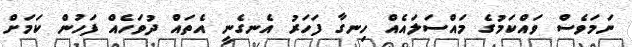
ނަމަވެސް ވައްކަމުގެ މައްސަލައެއް ހިނގާ ފަހަރު އެނގެނީ އެތައް ދުވަހެއް ފަހުން ކަމަށް